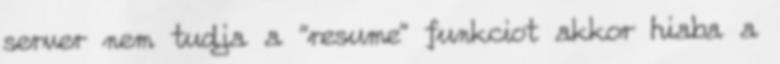
server nem tudja a "resume" funkciot akkor hiaba a